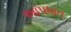
આપધાત